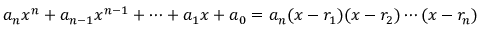
a _ { n } x ^ { n } + a _ { n - 1 } x ^ { n - 1 } + \cdots + a _ { 1 } x + a _ { 0 } = a _ { n } ( x - r _ { 1 } ) ( x - r _ { 2 } ) \cdots ( x - r _ { n } )